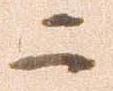
二